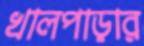
খালপাড়ার